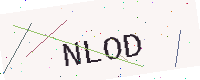
Text: NLOD